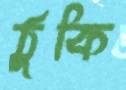
ঠুকি